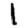
Digit: 1